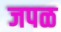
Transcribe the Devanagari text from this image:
जपळ